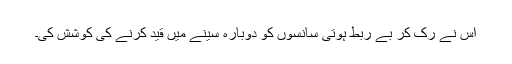
اس نے رک کر بے ربط ہوتی سانسوں کو دوبارہ سینے میں قید کرنے کی کوشش کی۔